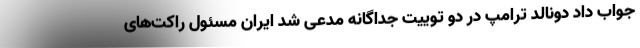
جواب داد دونالد ترامپ در دو توییت جداگانه مدعی شد ایران مسئول راکت‌های